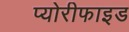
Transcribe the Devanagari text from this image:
प्योरीफाइड